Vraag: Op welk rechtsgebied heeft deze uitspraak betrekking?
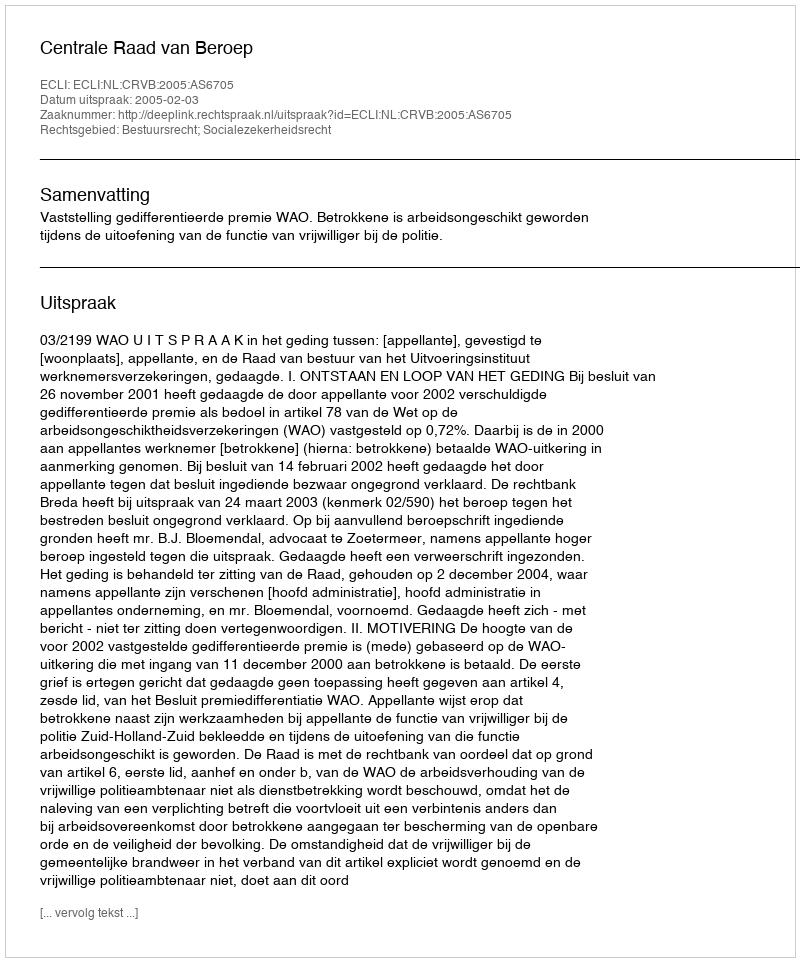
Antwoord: Bestuursrecht; Socialezekerheidsrecht